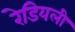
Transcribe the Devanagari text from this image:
रेडियली